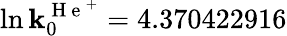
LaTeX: \ln\mathbf{k}_{0}^{\mathrm{{~H~e~}}^{+}}=4.370422916